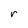
Character: r